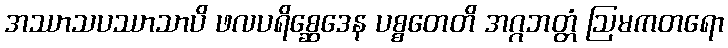
အဿာသပဿာသာပိ ဖလပရိစ္ဆေဒေန ပစ္စတေတိ အဂ္ဂဘတ္တံ ဩမကတရော